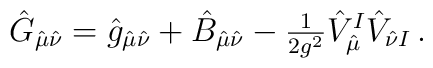
\hat{G}_{\hat{\mu}\hat{\nu}}=\hat{g}_{\hat{\mu}\hat{\nu}}+\hat{B}_{\hat{\mu}\hat{\nu}}-{\textstyle\frac{1}{2g^{2}}}\hat{V}^I_{\hat{\mu}}\hat{V}_{\hat{\nu}I}\, .